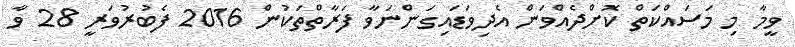
ވީމާ މި މަސައްކަތް ކޮށްދެއްވަން އެދިވަޑައިގަންނަވާ ފަރާތްތަކުން 2016 ފެބުރުވަރީ 28 ވާ